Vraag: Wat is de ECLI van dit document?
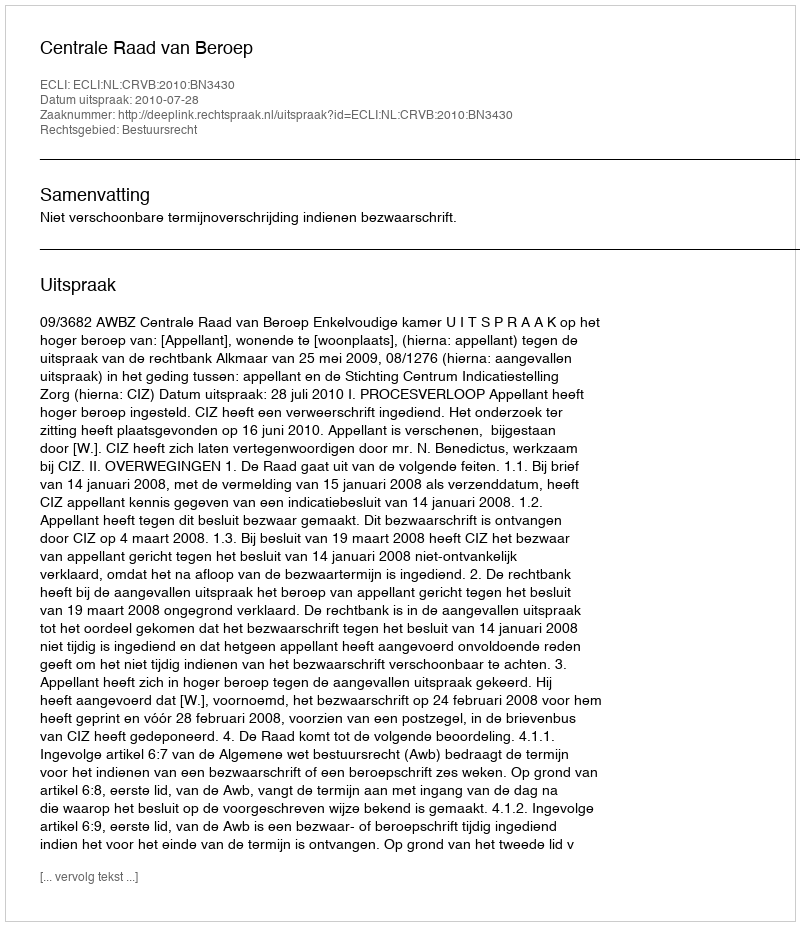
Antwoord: ECLI:NL:CRVB:2010:BN3430